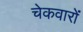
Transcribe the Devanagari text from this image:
चेकवारों